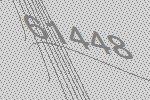
61448